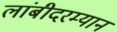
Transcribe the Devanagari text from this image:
लांबीदरम्यान